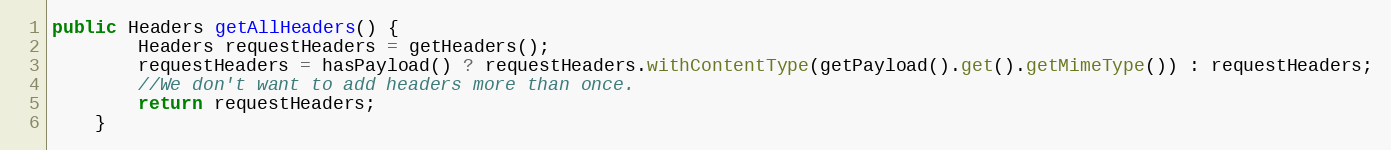
Language: Java
public Headers getAllHeaders() {
        Headers requestHeaders = getHeaders();
        requestHeaders = hasPayload() ? requestHeaders.withContentType(getPayload().get().getMimeType()) : requestHeaders;
        //We don't want to add headers more than once.
        return requestHeaders;
    }